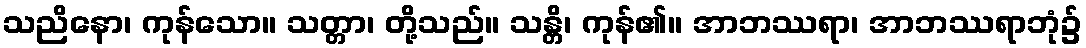
သညိနော၊ ကုန်သော။ သတ္တာ၊ တို့သည်။ သန္တိ၊ ကုန်၏။ အာဘဿရာ၊ အာဘဿရာဘုံ၌